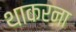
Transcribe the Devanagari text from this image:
थाकरना